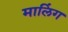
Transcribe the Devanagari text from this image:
मालिंग